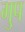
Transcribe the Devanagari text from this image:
गु्प